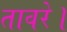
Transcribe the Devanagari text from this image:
तावरे।